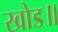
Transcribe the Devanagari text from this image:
खोड॥